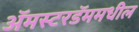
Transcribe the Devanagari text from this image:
अॅमस्टरडॅममधील